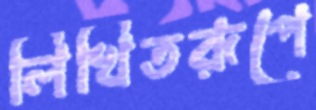
লিখিতরূপে